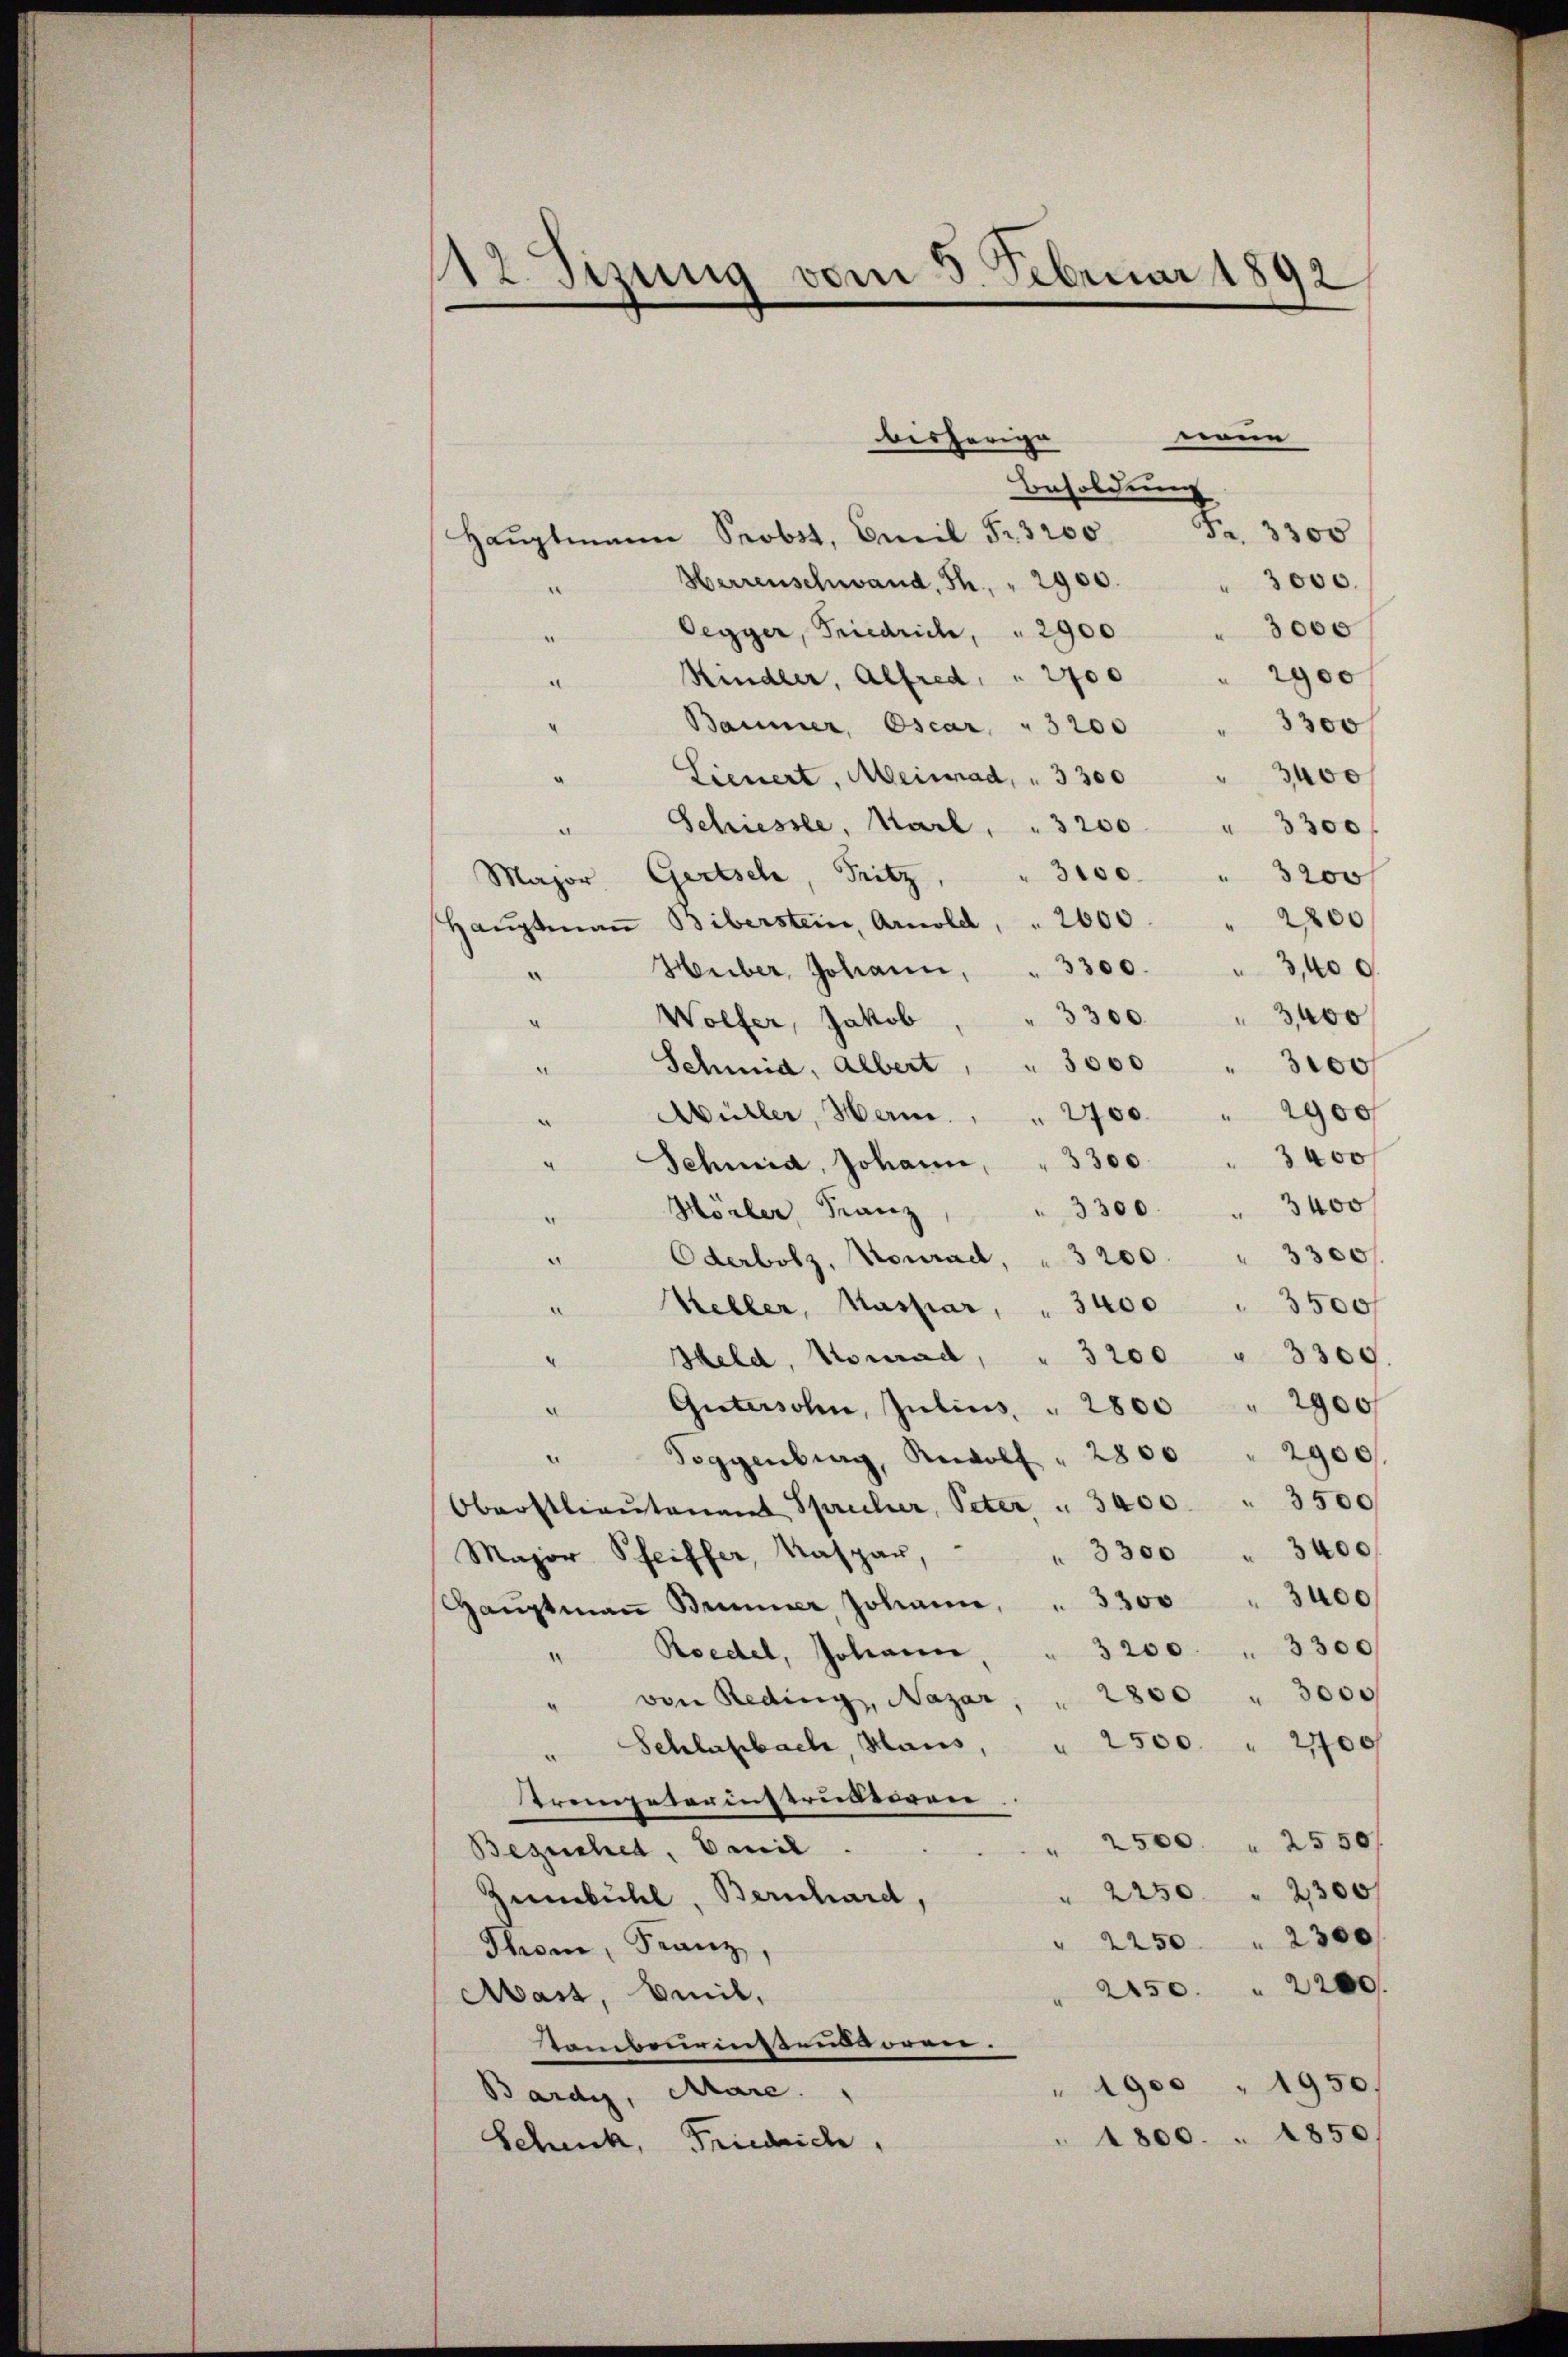
112. Sizung vom 5. Februar 1892

neue
bisherige
Besoldung
8.
3300
Haŭptmann Probst, Emil Fr. 3200
3000.
Herrenschwand, Th. " 2900.
3000
Oegger, Friedrich, " 2900
¬
2900
Kindler, Alfred, " 2700
.
3300
Baumer, Oscar " 3200
3400
.
¬
Lienert, Meinrad, " 3300
Schiessle, Karl, " 3200
 3300 f
Major Gertsch, Fritz, " 3100.
3200 f
2200
Haŭptmaṅ Biberstein, Arnold, " 2000.
Heiber, Johann, " 3300. " 3400.
¬
" 3300 " 3400
Wolfer, Jakob
.
Schmid, Albert " " 3000 " 3000 f
Müller, Herm. " " 2700 " 2900
Schmid, Johann, " 3300 " 3400
3400
3300.
Morler Franz
Oderbolz, Konrad, " 3200. " 3300 f
Kebler, Kaspar, " 3400 " 3500f
Held, Konrad, " 3200 " 3300.
Gütersohn, Julius " 2800 " 2900f
Toggenburg, Newolf " 2800 " 2900
Oberstlieutenant Sprucher, Peter " 3400 " 3500
" 3300 " 3400
Major, Pfeiffer, Kaspar,
Haŭptmaṅ Brunner, Johann, " 3300 " 3400
Roedel, Johann, " 3200 " 3300
“
" von Reding, Nazar, " 2800 " 3000
Schlafbach, Haus, " 2500 " 21700
Arompeterinstruktoren
" 2500 " 2550/
Besuchet, Vail.
2250 " 2300
Zumbühl, Bernhard
" 2250 " 2300f
Thon, Franz
250. 2200
Mast, beil,
tambeurinstensoren.
" 1900 " 1950.
Bardy, Mare.
1800. 1850.
Scheck, Friedrich,